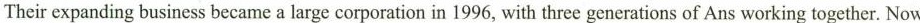
Their expanding business became a large corporation in 1996, with three generations of Ans working together. Now